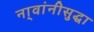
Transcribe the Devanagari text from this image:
ना्वांनीसुद्धा